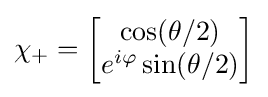
\chi _{+}={\begin{bmatrix}\cos(\theta /2)\\e^{i\varphi }\sin(\theta /2)\\\end{bmatrix}}